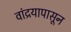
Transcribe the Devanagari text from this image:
वांद्रयापासून